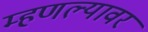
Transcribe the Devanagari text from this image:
म्हणल्यावर